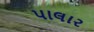
પાલાર